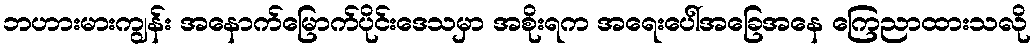
ဘဟားမားကျွန်း အနောက်မြောက်ပိုင်းဒေသမှာ အစိုးရက အရေးပေါ်အခြေအနေ ကြေညာထားသလို